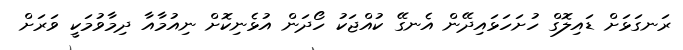
ރަނގަޅަށް ޑައިލޮގް ހުށަހަޅައިދޭން އެނގޭ ކުއްޖަކު ހޯދަން އުޅެނިކޮށް ނިއުމާއާ ދިމާވުމަކީ ވަރަށް